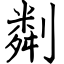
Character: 㔂